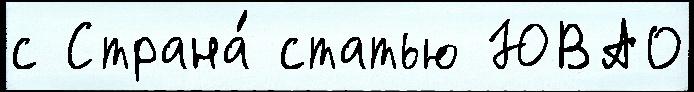
с Страна́ статью ЮВАО